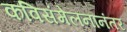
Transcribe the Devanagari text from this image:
कविसंमेलनानंतर